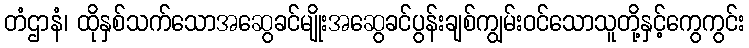
တံဌာနံ၊ ထိုနှစ်သက်သောအဆွေခင်မျိုးအဆွေခင်ပွန်းချစ်ကျွမ်းဝင်သောသူတို့နှင့်ကွေကွင်း